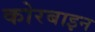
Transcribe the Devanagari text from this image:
कोरबाइन